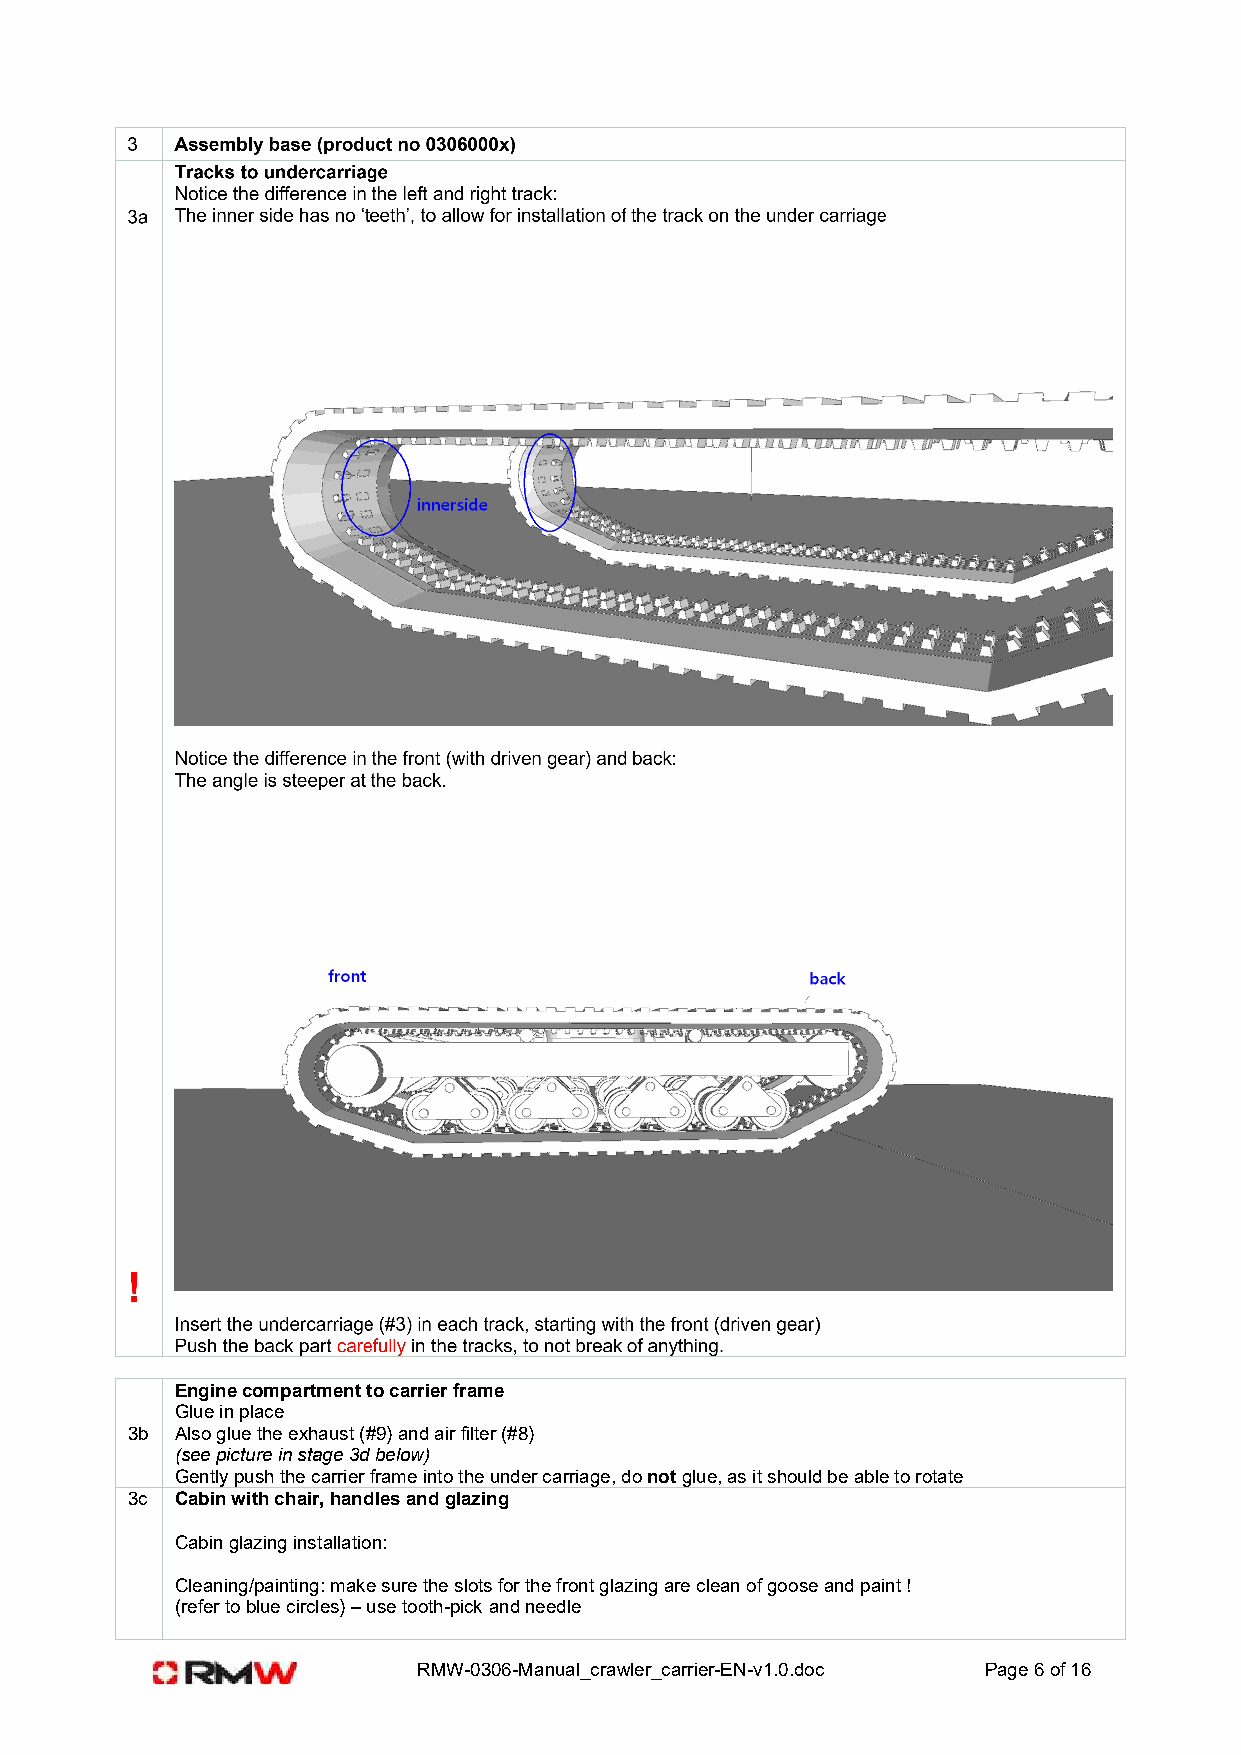
Engine compartment to carrier frame
 Glue in place
 3b  Also glue the exhaust (#9) and air filter (#8)
 (see picture in stage 3d below)
 Gently push the carrier frame into the under carriage, do not glue, as it should be able to rotate
 3c  Cabin with chair, handles and glazing
 Cabin glazing installation:
 Cleaning/painting: make sure the slots for the front glazing are clean of goose and paint !
 (refer to blue circles) – use tooth-pick and needle
 RMW-0306-Manual_crawler_carrier-EN-v1.0.doc Page 6 of 16